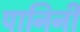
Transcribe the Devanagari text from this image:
पानिनी